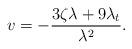
LaTeX: \begin{gather*}v = -\frac{3\zeta\lambda +9\lambda_t}{\lambda^2}.\end{gather*}